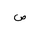
Letter: _sad